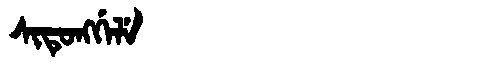
Manchu: ᠰᡳᡨᡠᠩᡤᡝᠯᡝ
Romanization: SITUNGGELE